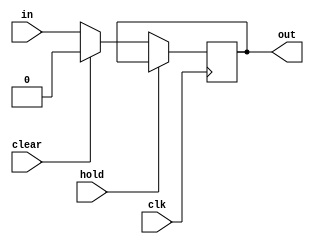
module regr (
	input clk,
	input clear,
	input hold,
	input wire [N-1:0] in,
	output reg [N-1:0] out);

	parameter N = 1;
	initial begin
        out = 32'h00000000;
    end

	always @(posedge clk) begin
		//优先执行hold信号
		//因为BEQ指令在遇到LW指令的阻塞的时候,应该先执行LW指令的阻塞
		//否则BEQ可能得到错误的数据
		//(RF会静默持续输出,如果错误信息刚好触发BEQ的条件,可能发生错误,需要等待LW指令把正确的数据送过来)
		if (hold)
			out <= out;
		else if (clear)
			out <= {N{1'b0}};
		else
			out <= in;
	end
endmodule